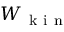
W _ { \mathrm { ~ k ~ i ~ n ~ } }